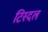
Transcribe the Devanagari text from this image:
टिस्दल